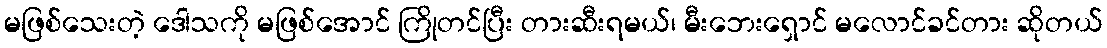
မဖြစ်သေးတဲ့ ဒေါသကို မဖြစ်အောင် ကြိုတင်ပြီး တားဆီးရမယ်၊ မီးဘေးရှောင် မလောင်ခင်တား ဆိုတယ်